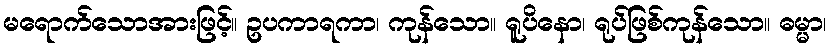
မရောက်သောအားဖြင့်။ ဥပကာရကာ၊ ကုန်သော။ ရူပိနော၊ ရုပ်ဖြစ်ကုန်သော။ ဓမ္မာ၊